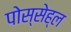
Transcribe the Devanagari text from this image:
पोस्सेह्ल